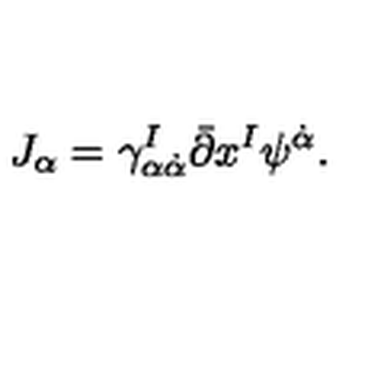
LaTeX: J _ { \alpha } = \gamma _ { \alpha \dot { \alpha } } ^ { I } \bar { \partial } x ^ { I } \psi ^ { \dot { \alpha } } .